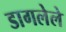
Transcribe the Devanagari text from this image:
डागलेले